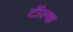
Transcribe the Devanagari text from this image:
टॉल्क